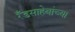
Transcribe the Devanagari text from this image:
रँडसाहेबांच्या